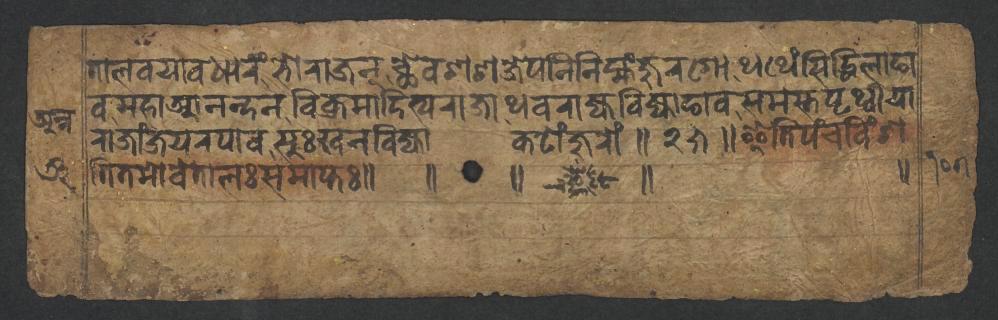
𑐟𑐵𑐮𑐰𑐫𑐵𑐰𑐢𑐵𑐬𑑄𑐨𑑀𑐬𑐵𑐖𑐣𑑂𑐕𑐾𑐰𑐱𑐱𑐖𑐾𑐥𑐣𑐶𑐣𑐶𑐩𑑂𑐴𑑄𑐖𑐸𑐬𑐐𑑀𑐠𑐠𑐾𑑄𑐳𑐶𑐡𑑂𑐢𑐶𑐮𑐵𑐒𑐵 𑐰𑐩𑐴𑐵𑐁𑐣𑐣𑑂𑐡𑐣𑐰𑐶𑐎𑑂𑐬𑐩𑐵𑐡𑐶𑐟𑑂𑐫𑐬𑐵𑐖𑐵𑐠𑐰𑐬𑐵𑐖𑑂𑐫𑐧𑐶𑐖𑑂𑐫𑐵𑐒𑐵𑐰𑐳𑐩𑐳𑑂𑐟𑐥𑐺𑐠𑑂𑐰𑐷𑐫𑐵 𑐬𑐵𑐖𑐵𑑄𑐖𑐫𑐬𑐥𑐵𑐰𑐳𑐸𑑅𑐏𑐣𑐧𑐶𑐖𑑂𑐫𑐵𑐎𑐚𑑀𑑄𑐖𑐸𑐬𑑀𑑄𑑌𑑒𑑕𑑌𑐂𑐟𑐶𑐥𑑄𑐔𑐰𑐶𑑄𑐱 𑐟𑐶𑐟𑐩𑑀𑐰𑐾𑐟𑐵𑐮𑑅𑐳𑐩𑐵𑐥𑑂𑐟𑑅𑑌